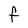
Character: F